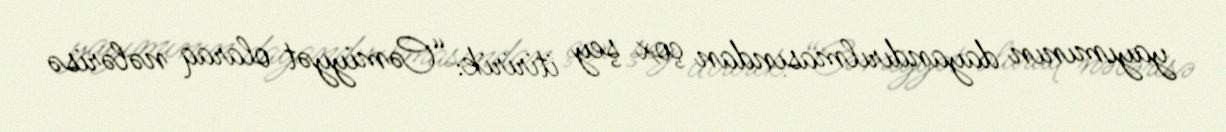
yayımının dayandırılmasından çox şey itiririk: “Cəmiyyət olaraq nələrisə